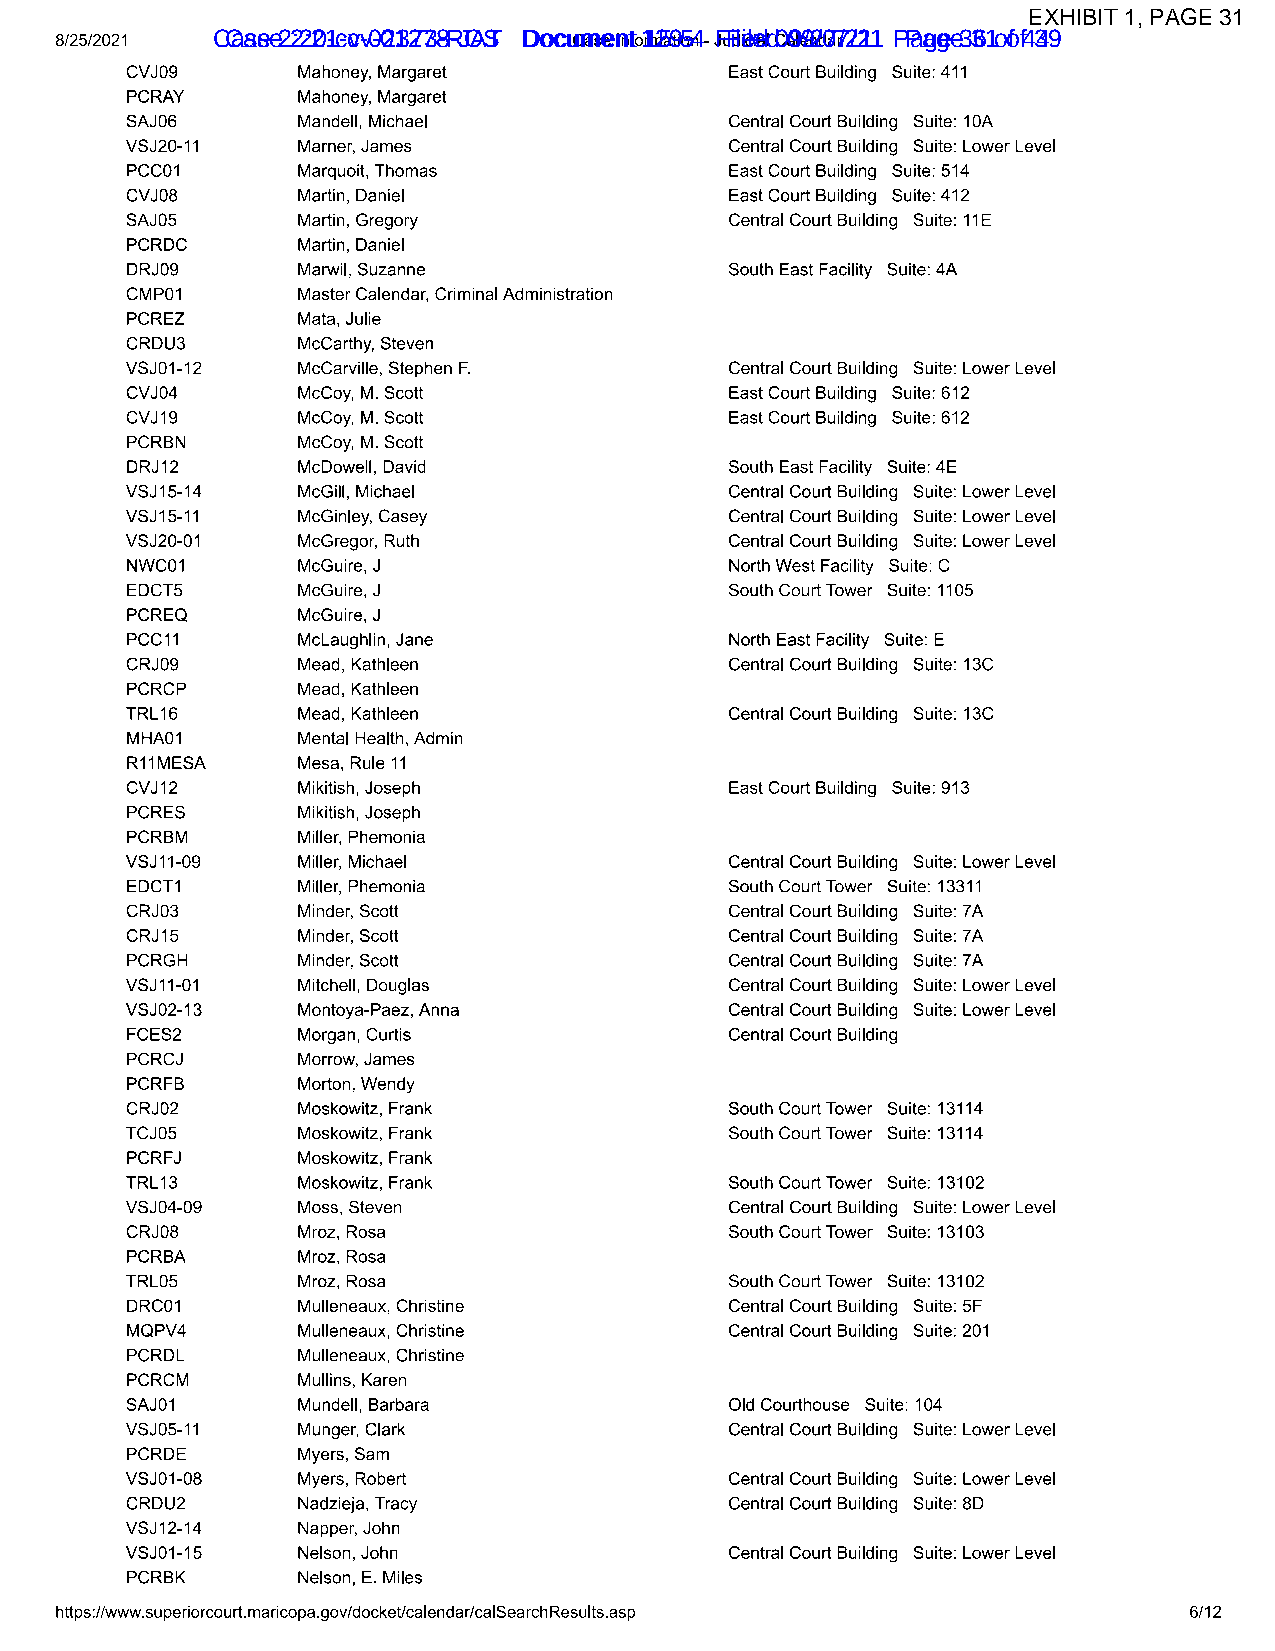
EXHIBIT 1, PAGE 31
 CCaassee 2 2:2:201-c-cvv-0-021327738-R-JOAST DDooccuummeenntt 11259-5-4 F Fileiledd 0 099/2/077/2/211 P Paaggee 3 361 o of f4 349